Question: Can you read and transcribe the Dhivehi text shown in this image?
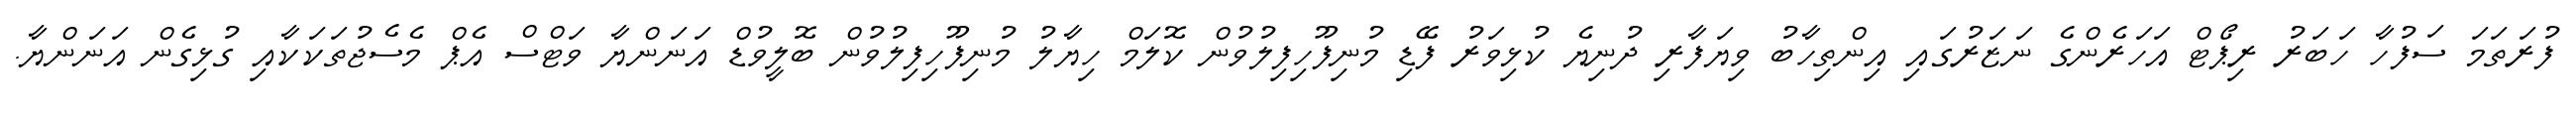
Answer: ފުރަތަމަ ސަފުހާ ހަބަރު ރިޕޯޓް އަހަރެންގެ ނަޒަރުގައި އިންތިހާބު ވިޔަފާރި ދުނިޔެ ކުޅިވަރު ފޭޑި މުނިފޫހިފިލުވުން ކޮލަމް ހިޔާލު މުނިފޫހިފިލުވުން ބޮލީވުޑް އަނަންޔާ ވަޓްސް އެޕް މެސެޖުތަކަކާއި ގުޅިގެން އަނަންޔާ.